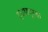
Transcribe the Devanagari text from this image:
इच्छापूरक